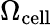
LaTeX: \Omega_{\mathrm{cell}}